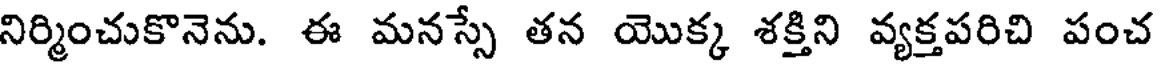
నిర్మించుకొనెను. ఈ మనస్సే తన యొక్క శక్తిని వ్యక్తపరిచి పంచ